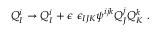
Q _ { I } ^ { i } \to Q _ { I } ^ { i } + \epsilon \ \epsilon _ { I J K } \psi ^ { i j k } Q _ { J } ^ { j } Q _ { K } ^ { k } ~ .